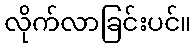
လိုက်လာခြင်းပင်။